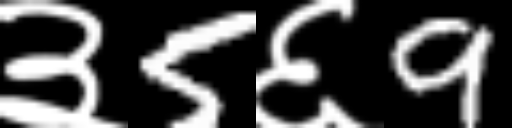
Text: ३5६9